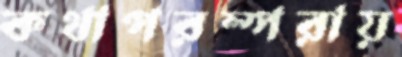
কথাপরম্পরায়